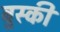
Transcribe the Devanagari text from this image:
बुस्की